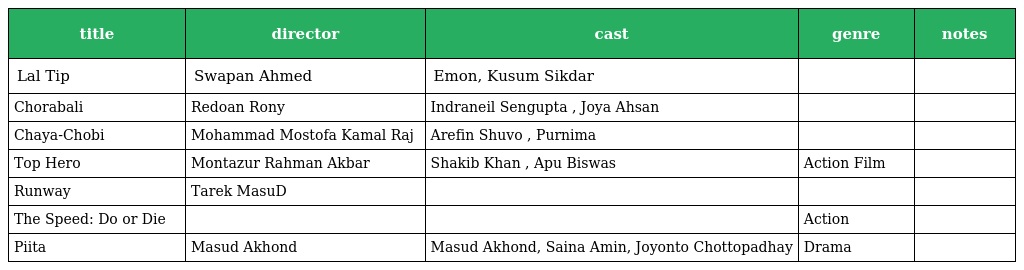
| title | director | cast | genre | notes |
 | --- | --- | --- | --- | --- |
 | Lal Tip | Swapan Ahmed | Emon, Kusum Sikdar |  |  |
 | Chorabali | Redoan Rony | Indraneil Sengupta , Joya Ahsan |  |  |
 | Chaya-Chobi | Mohammad Mostofa Kamal Raj | Arefin Shuvo , Purnima |  |  |
 | Top Hero | Montazur Rahman Akbar | Shakib Khan , Apu Biswas | Action Film |  |
 | Runway | Tarek MasuD |  |  |  |
 | The Speed: Do or Die |  |  | Action |  |
 | Piita | Masud Akhond | Masud Akhond, Saina Amin, Joyonto Chottopadhay | Drama |  |